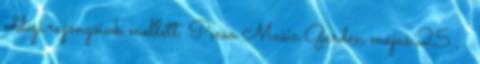
eddigi rajongóink mellett. Pecsa Music Garden május 25.; .